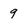
Character: 9